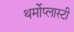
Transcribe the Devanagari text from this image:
थर्मोप्लास्टी